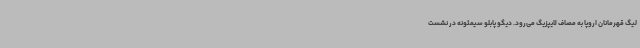
لیگ قهرمانان اروپا به مصاف لایپزیگ می‌رود. دیگو پابلو سیمئونه در نشست